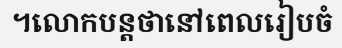
។លោកបន្តថានៅពេលរៀបចំ